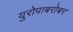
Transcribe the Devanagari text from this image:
युरोपाबरोबर